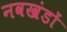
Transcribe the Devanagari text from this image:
नवखंडों